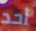
أحد